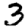
Digit: 3